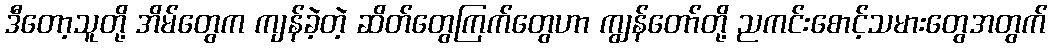
ဒီတော့သူတို့ အိမ်တွေက ကျန်ခဲ့တဲ့ ဆိတ်တွေကြက်တွေဟာ ကျွန်တော်တို့ ညကင်းစောင့်သမားတွေအတွက်